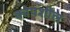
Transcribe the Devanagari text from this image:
कोपशील